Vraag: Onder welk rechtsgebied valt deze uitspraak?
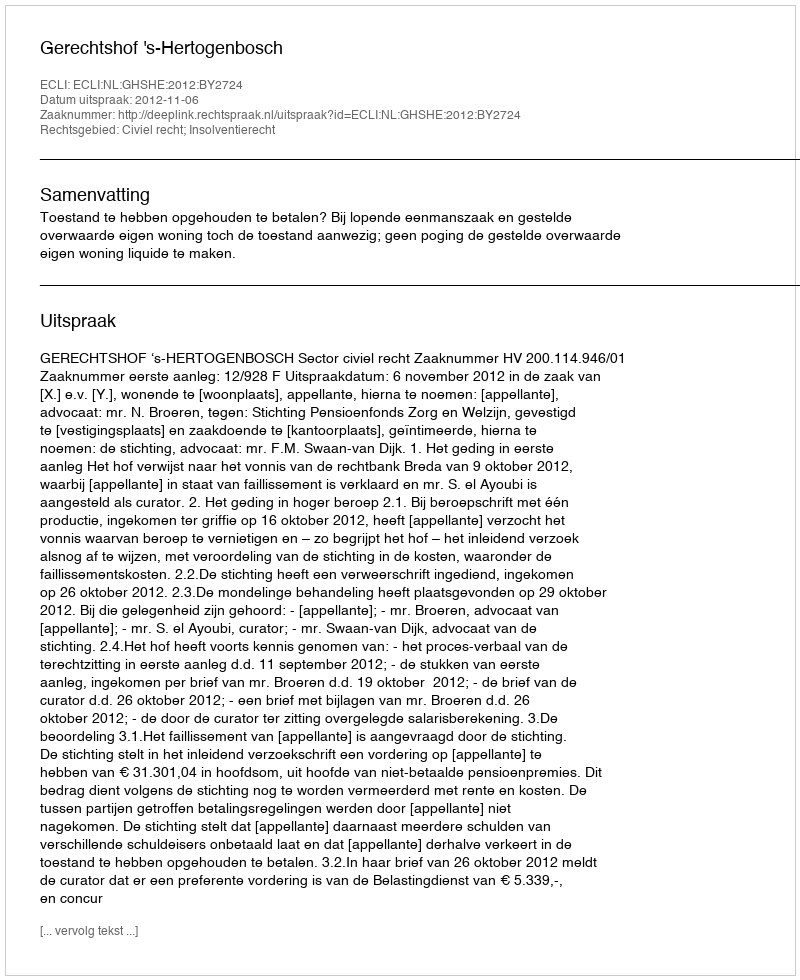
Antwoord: Civiel recht; Insolventierecht